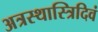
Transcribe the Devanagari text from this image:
अत्रस्थास्त्रिदिवं